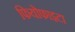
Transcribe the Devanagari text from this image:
फियोफाइटा